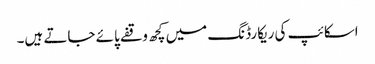
اسکائپ کی ریکارڈنگ میں کچھ وقفے پائے جاتے ہیں۔